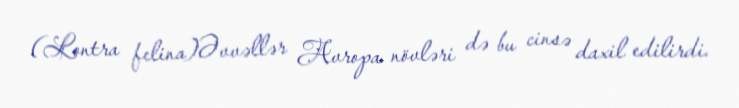
(Lontra felina)Əvvəllər Avropa növləri də bu cinsə daxil edilirdi.